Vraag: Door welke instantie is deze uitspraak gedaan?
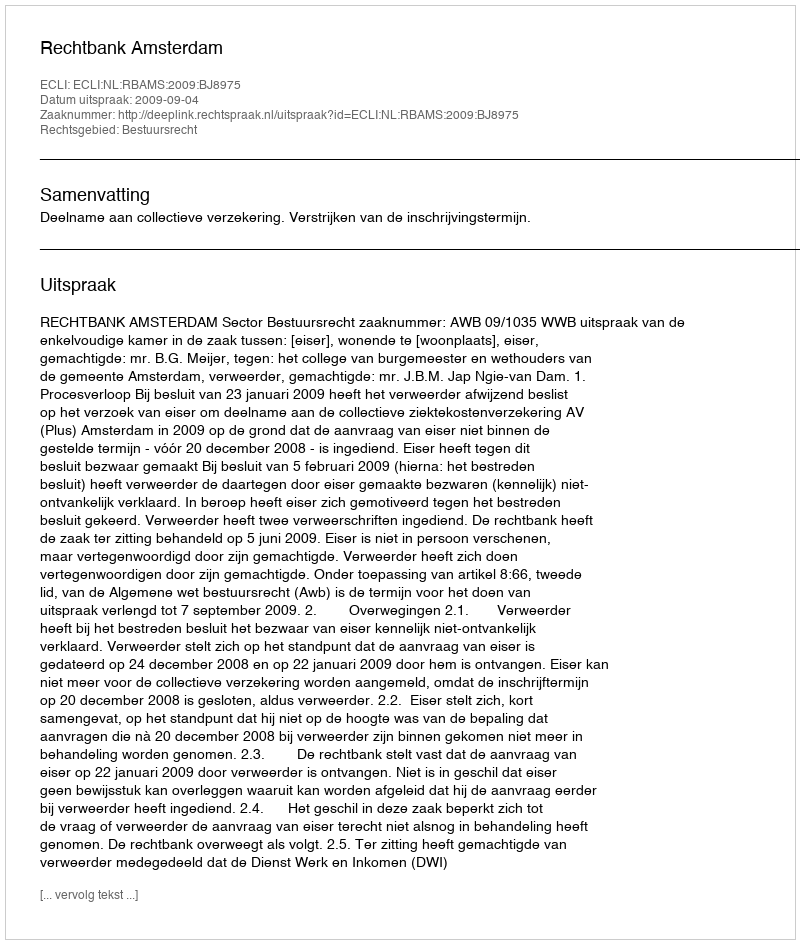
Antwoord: Rechtbank Amsterdam